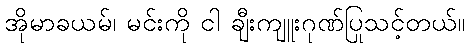
အိုမာခယမ်၊ မင်းကို ငါ ချီးကျူးဂုဏ်ပြုသင့်တယ်။